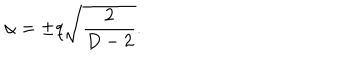
\alpha = \pm q \sqrt { \frac { 2 } { D - 2 } } .